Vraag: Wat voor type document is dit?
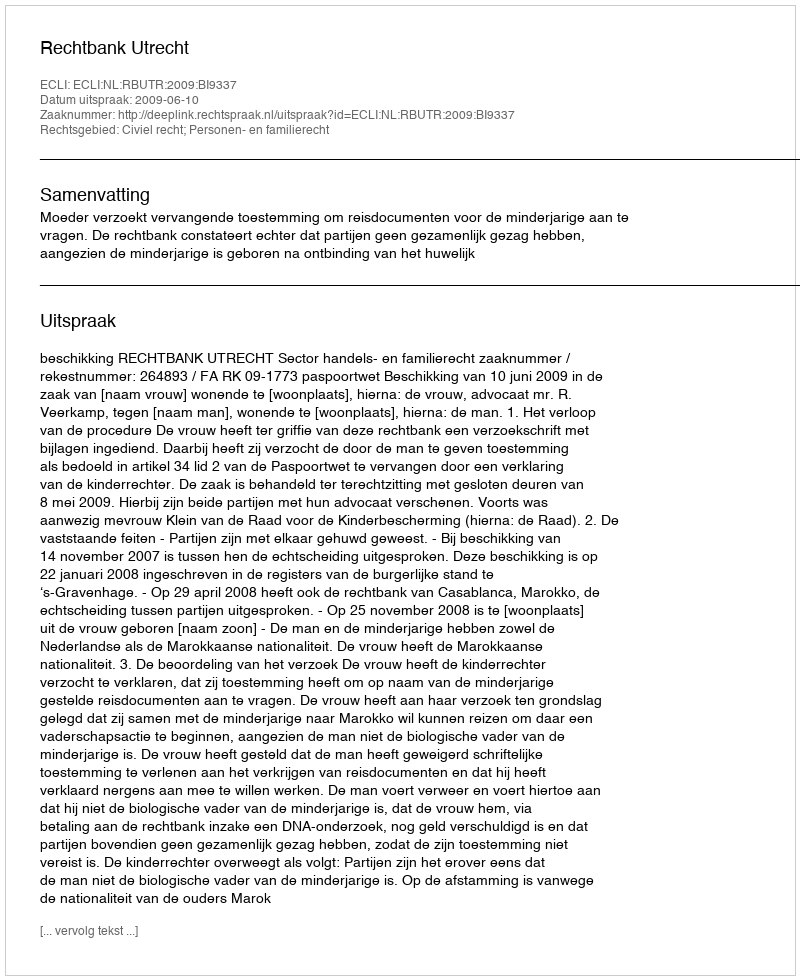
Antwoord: Uitspraak